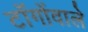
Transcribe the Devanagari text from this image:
टाँगोंवाले